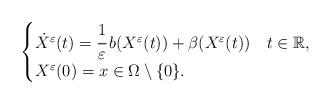
LaTeX: \begin{align*} \begin{cases}\dot X^\varepsilon (t) = \cfrac{1}{\varepsilon} \, b(X^\varepsilon (t)) + \beta (X^\varepsilon (t)) \ \ \ t \in \mathbb R, \\X^\varepsilon (0) = x \in \Omega \setminus \{ 0 \}.\end{cases}\end{align*}